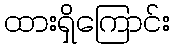
ထားရှိကြောင်း